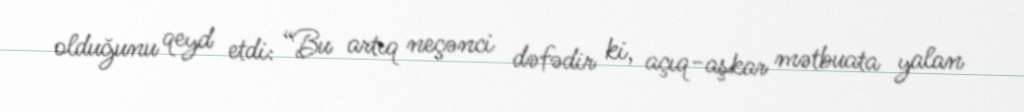
olduğunu qeyd etdi: “Bu artıq neçənci dəfədir ki, açıq-aşkar mətbuata yalan